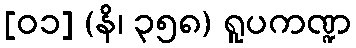
[၀၁] (နိ၊ ၃၅၈) ရူပကဏ္ဍ